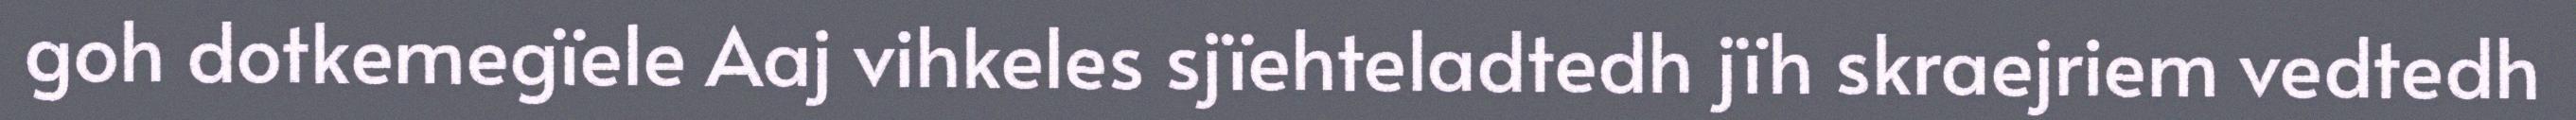
goh dotkemegïele Aaj vihkeles sjïehteladtedh jïh skraejriem vedtedh